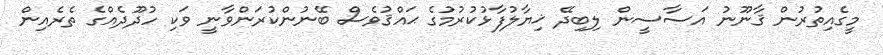
މީގެއިތުރުން ޤާނޫނު އަސާސީން ލިބިދޭ ޚިޔާލުފާޅުކުރުމުގެ ޙައްޤުވެސް ބޭނުންކުރަންވާނީ ވަކި ހުދޫދެއްގެ ތެރެއިން